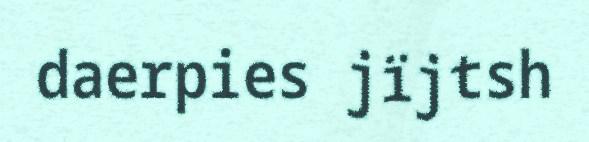
daerpies jïjtsh